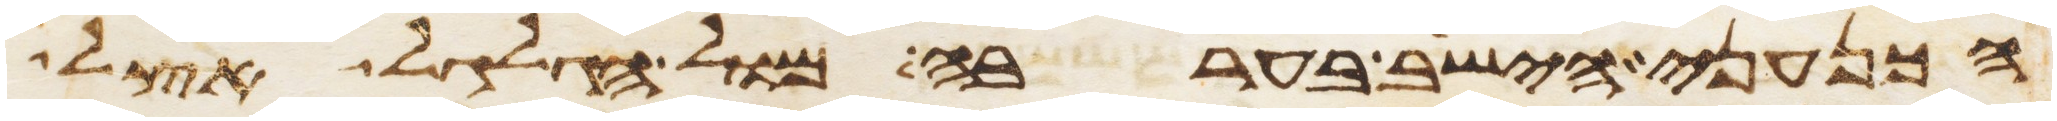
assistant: הכנעני הישב בערבה מול הגלגל אצל